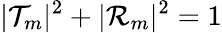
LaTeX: |\mathcal{T}_{m}|^{2}+|\mathcal{R}_{m}|^{2}=1